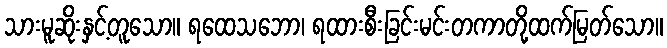
သားမူဆိုးနှင့်တူသော။ ရထေသဘော၊ ရထားစီးခြင်းမင်းတကာတို့ထက်မြတ်သော။